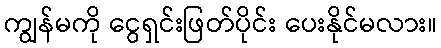
ကျွန်မကို ငွေရှင်းဖြတ်ပိုင်း ပေးနိုင်မလား။